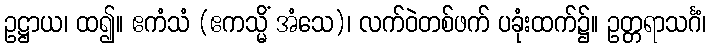
ဥဋ္ဌာယ၊ ထ၍။ ဧကံသံ (ဧကသ္မိံ အံသေ)၊ လက်ဝဲတစ်ဖက် ပခုံးထက်၌။ ဥတ္တရာသင်္ဂံ၊